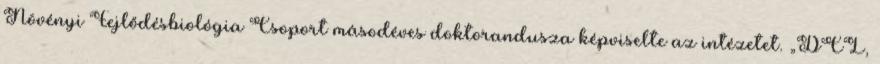
Növényi Fejlődésbiológia Csoport másodéves doktorandusza képviselte az intézetet. „DCL,